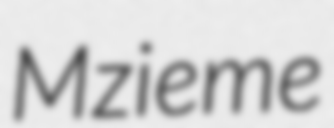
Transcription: Mzieme